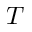
T